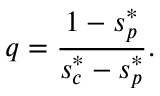
q = \frac { 1 - s _ { p } ^ { * } } { s _ { c } ^ { * } - s _ { p } ^ { * } } .